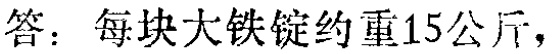
答：每块大铁锭约重15公斤，